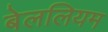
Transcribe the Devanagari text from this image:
बेललियम